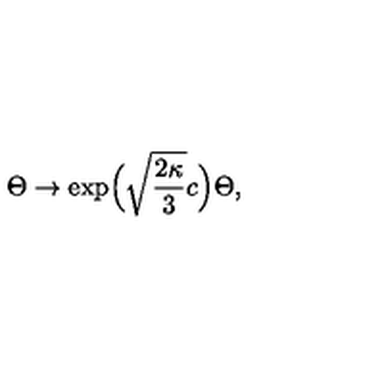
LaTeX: \Theta \to \exp \! \Big ( \sqrt { \frac { 2 \kappa } { 3 } } c \Big ) \Theta ,